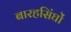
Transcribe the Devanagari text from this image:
बारहसिंघों